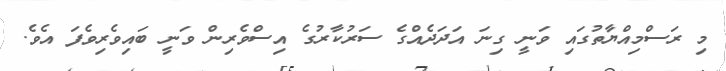
މި ރަސްމިއްޔާތުގައި ވަނީ ގިނަ އަދަދެއްގެ ސަރުކާރުގެ އިސްވެރިން ވަނީ ބައިވެރިވެފަ އެވެ.